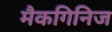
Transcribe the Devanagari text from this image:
मैकगिनिज